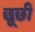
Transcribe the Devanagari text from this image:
छूछी